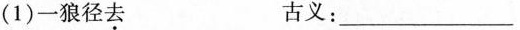
(1)一狼径去 古义：___